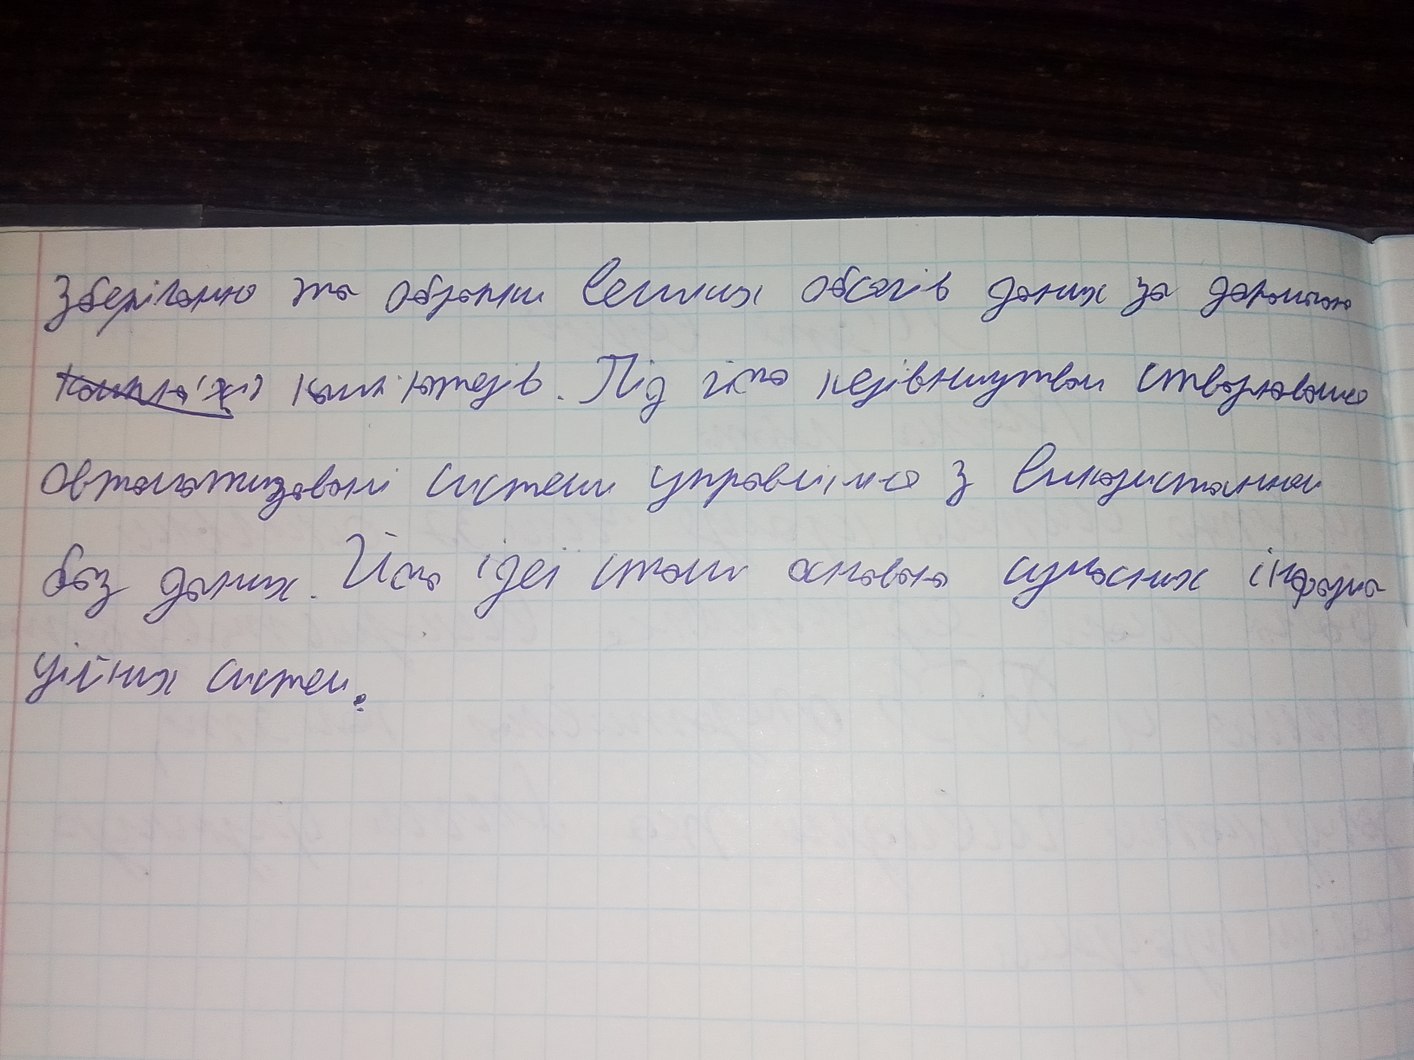
зберігання та обробки великих обсягів даних за допомогою
~~[illegible]~~ комп'ютерів. Під його керівництвом створювано
автоматизовані системи управління з використанням
без даних. Його ідеї стали основою сучасних інформа-
ційних систем.